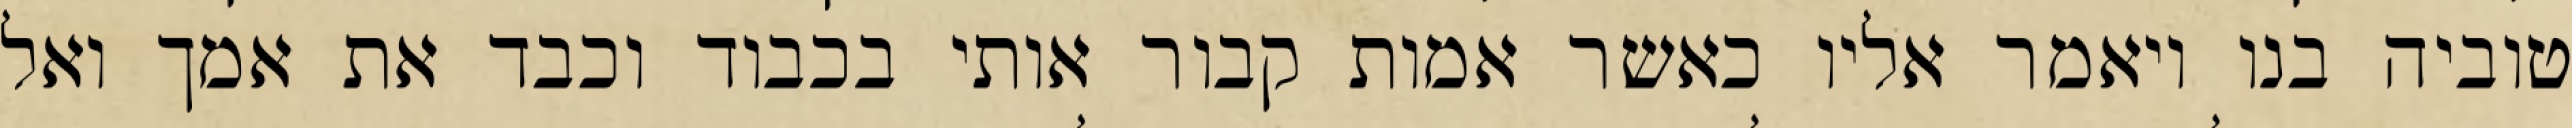
טוביה בנו ויאמר אליו כאשר אמות קבור אותי בכבוד וכבד את אמך ואל